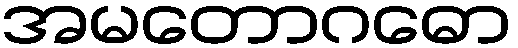
အမတောဂဓော